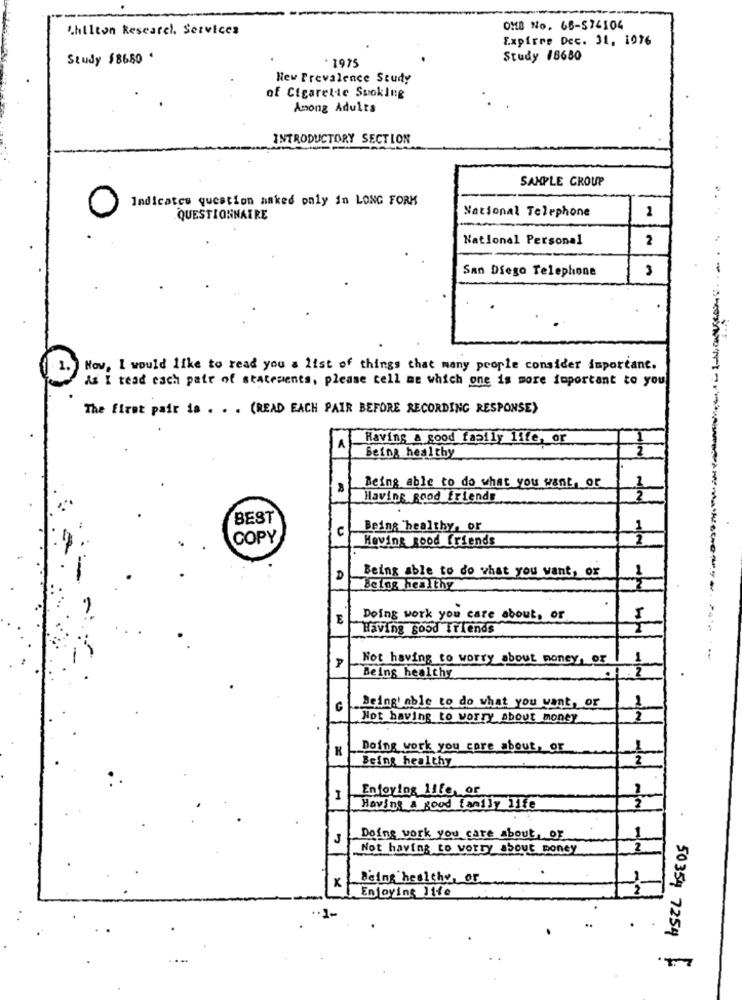
hilton Research, Services
OMB NO. 66-574104
Expiree Dec. 31, 1976
Study $8650
Study 18680
1975
Hew Prevalence Study
of Cigarette Smoking
Among Adults
INTRODUCTORY SECTION
SAMPLE GROUP
Indicates question asked only in LONG FORK
National Telephone
2
QUESTIONNAIRE
.. ..
National Personal
2
San Diego Telephone
3
Now, I would like to read you a list of things that many people consider important.
1.
As I read cach pate of statements, please tell me which one is more important to you
The first pair is . . . (READ EACH PAIR BEFORE RECORDING RESPONSE)
Having & good family life, or
A
Being healthy
Being able to do what you want, or
Having good friends
2
BEST
C
Being healthy, or
COPY
Heving good Friends
Being able to do what you want, or
D
Being healthy
E
Doing work you care about, or
Having good friends
Not having to worry about money, or
1
P
Being healthy
G
Being' Able to do what you want, or
1
Not having to worry About money
2
Doing work you care about, or
Being healthy
Entering life, or
I
Having a good family life
J
Doing work you care about or
Not having to worry about money
Being healthy or
x
Enjoying 11fe
50354 7254